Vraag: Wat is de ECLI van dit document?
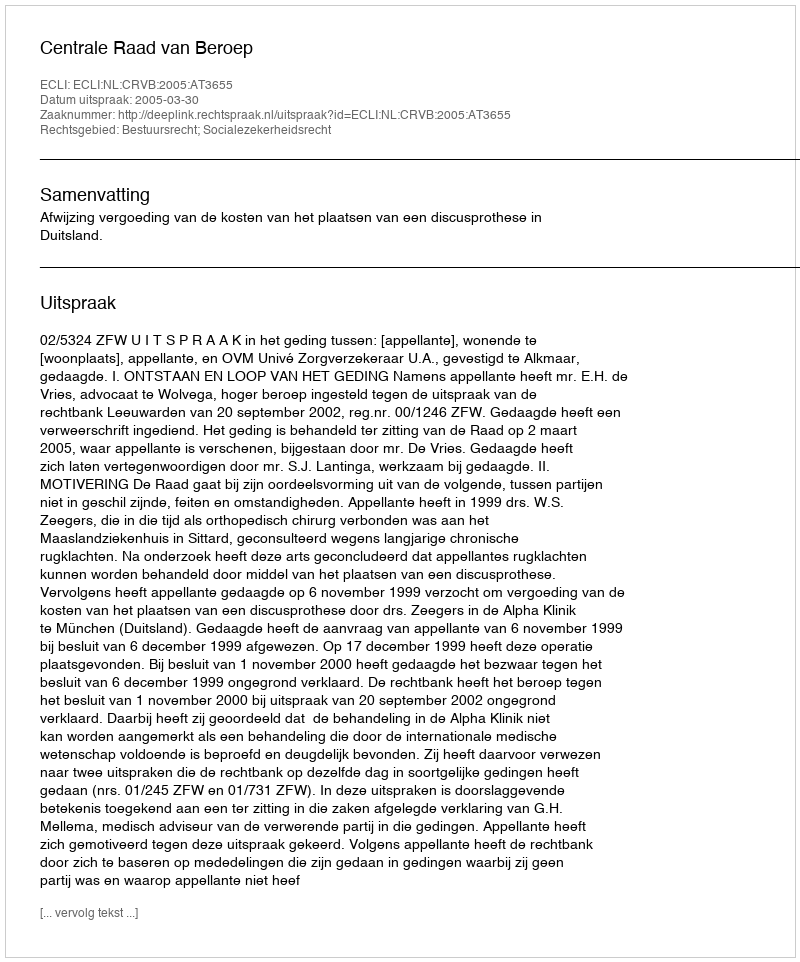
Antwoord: ECLI:NL:CRVB:2005:AT3655